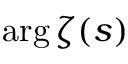
\arg \zeta ( s )